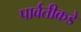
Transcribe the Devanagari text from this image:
पार्वतीकडे